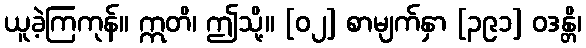
ယူခဲ့ကြကုန်။ ဣတိ၊ ဤသို့။ [၀၂] စာမျက်နှာ [၃၉၁] ဝဒန္တိ၊